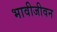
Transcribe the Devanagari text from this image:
भावीजीवन